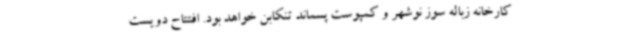
کارخانه زباله سوز نوشهر و کمپوست پسماند تنکابن خواهد بود. افتتاح دویست